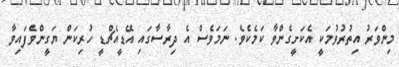
މިންވަރު އިތުރުވުމަކީ އެކަށީގެންވާ ކަމެކެވެ. ނަމަވެސް އެ ދިރާސާގައި އޭޑީއެޗްޑީ ހުރިކަން ޔަގީންވެފައިވާ